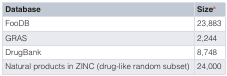
| Database | Sizea |
 | --- | --- |
 | FooDB | 23,883 |
 | GRAS | 2,244 |
 | DrugBank | 8,748 |
 | Natural products in ZINC (drug-like random subset) | 24,000 |